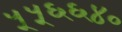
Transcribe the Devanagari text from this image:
५५६६४०